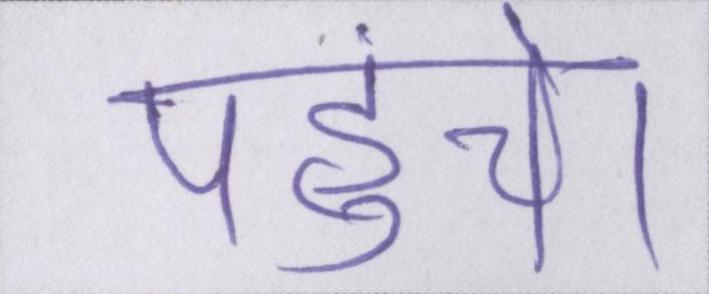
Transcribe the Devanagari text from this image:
पहुंचे।